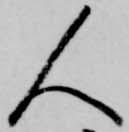
人